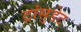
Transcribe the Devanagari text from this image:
ट्रांसुडेट